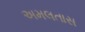
અમલતાસ